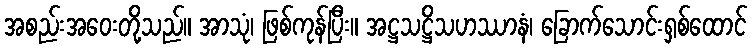
အစည်းအဝေးတို့သည်။ အာသုံ၊ ဖြစ်ကုန်ပြီး။ အဋ္ဌသဋ္ဌိသဟဿာနံ၊ ခြောက်သောင်းရှစ်ထောင်